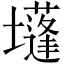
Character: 𡓄